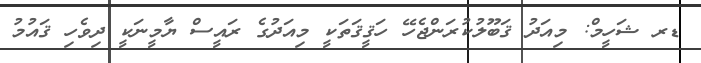
ޑރ ޝަހީމް: މިއަދު ޤަބޫލުކުރަންޖެހޭ ހަޤީޤަތަކީ މިއަދުގެ ރައީސް ޔާމީނަކީ ދިވެހި ޤައުމު